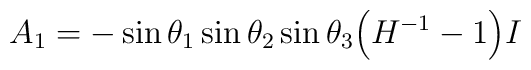
A_1 = - \sin \theta_1 \sin \theta_2 \sin\theta_3 \Big( H^{-1}-1 \Big) I